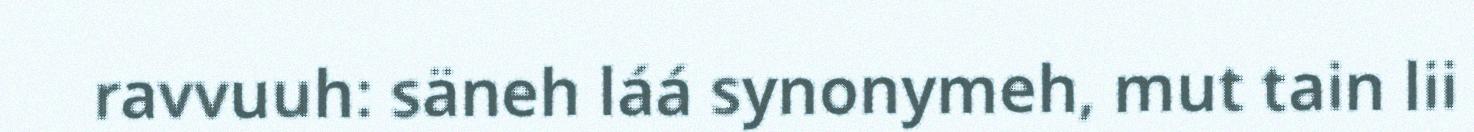
ravvuuh: säneh láá synonymeh, mut tain lii